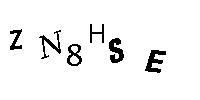
ZN8HSE